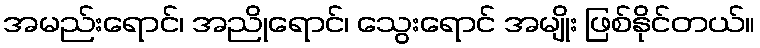
အမည်းရောင်၊ အညိုရောင်၊ သွေးရောင် အမျိုး ဖြစ်နိုင်တယ်။